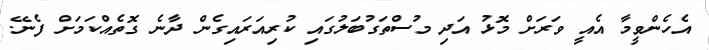
އެހެންވީމާ އެއީ ވަރަށް މޮޅު އަދި މުސްތަގުބަލުގައި ކުރިއަރައިގެން ދާނެ ގޮތެއްކަމަށް ފެނޭ.